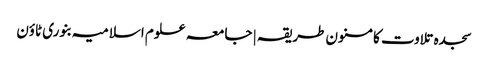
سجدہ تلاوت کا مسنون طریقہ | جامعہ علوم اسلامیہ بنوری ٹاؤن